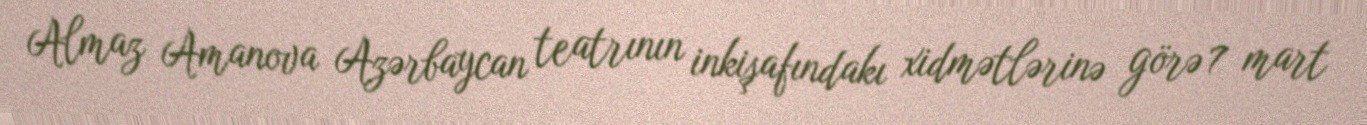
Almaz Amanova Azərbaycan teatrının inkişafındakı xidmətlərinə görə 7 mart